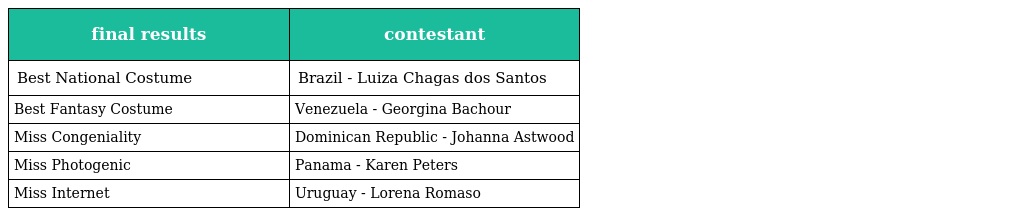
| final results | contestant |
 | --- | --- |
 | Best National Costume | Brazil - Luiza Chagas dos Santos |
 | Best Fantasy Costume | Venezuela - Georgina Bachour |
 | Miss Congeniality | Dominican Republic - Johanna Astwood |
 | Miss Photogenic | Panama - Karen Peters |
 | Miss Internet | Uruguay - Lorena Romaso |